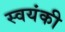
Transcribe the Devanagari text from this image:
स्वयंकी